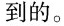
到的。